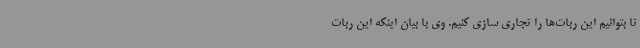
تا بتوانیم این ربات‌ها را تجاری سازی کنیم. وی با بیان اینکه این ربات